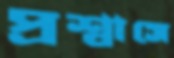
প্রশ্বাসে